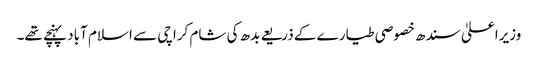
وزیراعلیٰ سندھ خصوصی طیارے کے ذریعے بدھ کی شام کراچی سے اسلام آباد پہنچے تھے۔